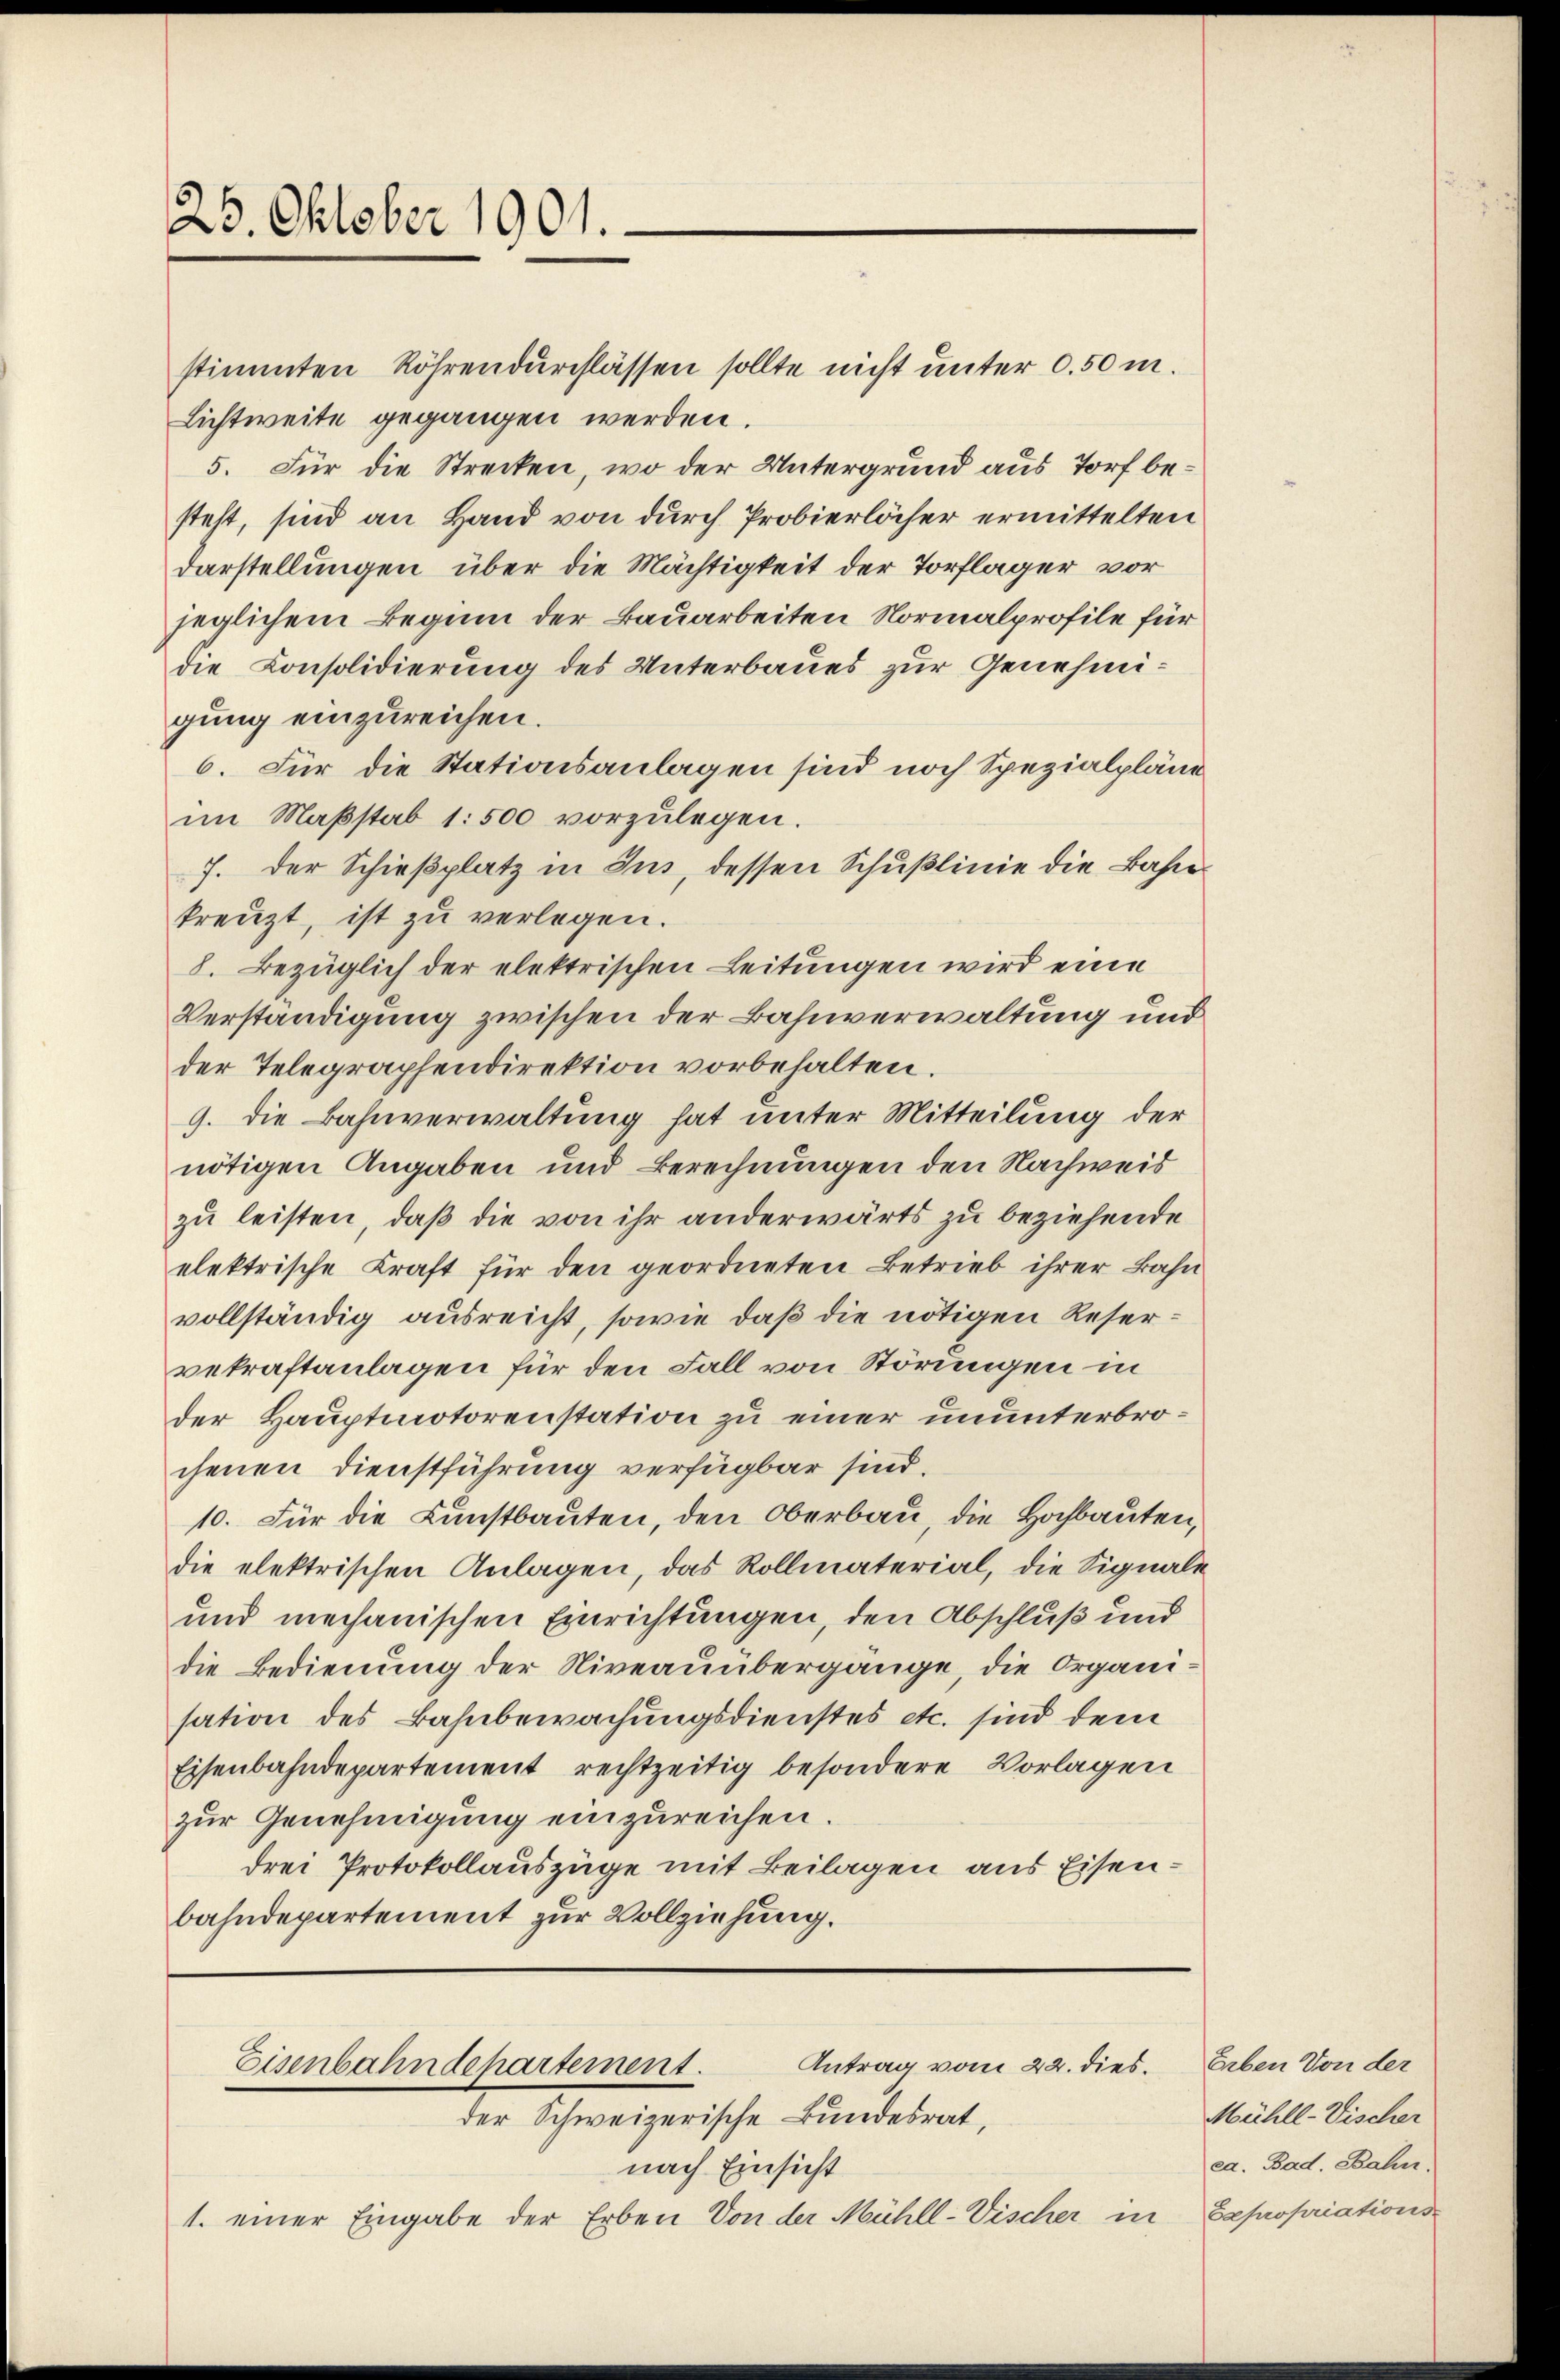
25. Oktober 1901.

stimmten Röhrendurchlassen sollte nicht unter 0.50 m.
Lichtweite gegangen werden.
5. Für die Strecken, wo der Untergrund aus Torf besteht, sind an Hand von durch Probierlöcher ermittelten
Darstellungen über die Mächtigkeit der Torflager vor
jeglichem Beginn der Bauarbeiten Normalprofile für
die Consolidierung des Unterbaues zur Genehmigung einzureichen.
6. Für die Stationsanlagen sind noch Spezialpländ
im Maßstab 1:500 vorzulegen.
7. Der Schieβplatz in Ins, dessen Schußlinie die Bahnkreuzt, ist zu verlegen.
8. Bezüglich der elektrischen Leitungen wird eine
Verständigung zwischen der Bahnverwaltung und
der Telegraphendirektion vorbehalten.
9. die Bahnverwaltung hat unter Mitteilung der
nötigen Angaben und Berechnungen den Nachweis
zu leisten, daß die von ihr anderwärts zu beziehende
elektrische Kraft für den geordneten Betrieb ihrer Bahn
vollständig ausreicht, sowie daß die nötigen Reservekraftanlagen für den Fall von Störungen in
der Hauptmotorenstation zu einer ununterbrochenen Dienstführung verfügbar sind.
10. Für die Kunstbauten, den Oberbau, die Hochbauten,
die elektrischen Anlagen, das Rollmaterial, die Signale
und mechanischen Einrichtungen, den Abschluß und
die Bedienung der Niveauübergange, die Organi-
sation des Bahnbewachungsdienstes etc. sind dem
Eisenbahndepartement rechtzeitig besondere Vorlagen
zur Genehmigung einzureichen.
drei Protokollauszüge mit Beilagen aus Eisenbahndepartement zur Vollziehung.

Antrag vom 22. dies.
Eisenbahndchartement.
der Schweizerische Bundesrat,

nach Einsicht
1. einer Eingabe der Erben Von der Mühll-Vischer in

Erben von der
Mühll-Vischer
ca. Bad. Bahn.
Sapropriations-